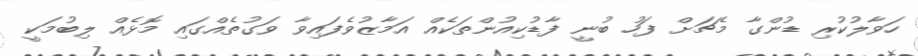
ހަވާލުކުރި ޑުންގާ މެޗަށް ފަހު ބުނީ ފާޑުކިއުންތަކެއް އަމާޒުވެފައިވާ ވަގުތެއްގައި މޮޅެއް ލިބުމަކީ